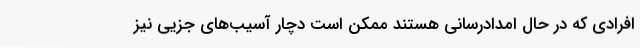
افرادی که در حال امدادرسانی هستند ممکن است دچار آسیب‌های جزیی نیز